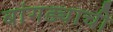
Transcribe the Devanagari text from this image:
बांगड्याची